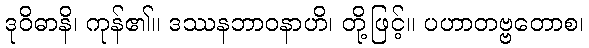
ဒုဝိဓာနိ၊ ကုန်၏။ ဒဿနဘာဝနာဟိ၊ တို့ဖြင့်။ ပဟာတဗ္ဗတောစ၊